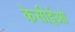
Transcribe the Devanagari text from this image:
केसीईओ